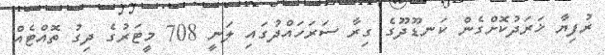
ރުފިޔާ ޚަރަދުކޮށްގެން ކަނޑޫދޫގެ ގިރާ ސަރަހައްދުގައި ލަނީ 708 މީޓަރުގެ ދިގު ތޮއްޓެެއް